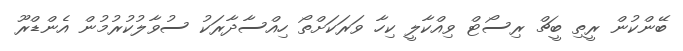
ބޭންކުން ރީތި ބީޗް ރިސޯޓް ވިއްކާލީ ކިހާ ވަރަކަށްތޯ ހިއްސާދާރަކު ސުވާލުކުރުމުން އެންޑްރޫ